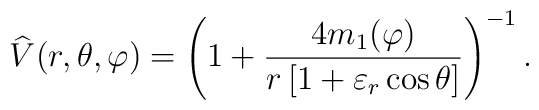
{\widehat{V}}(r,\theta ,\varphi )=\left( 1+{\frac{4m_{1}(\varphi )}{r\left[1+\varepsilon _{r}\cos \theta \right] }}\right) ^{-1}.